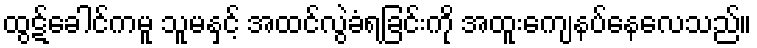
ထွဋ်ခေါင်ကမူ သူမနှင့် အထင်လွဲခံရခြင်းကို အထူးကျေနပ်နေလေသည်။